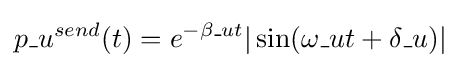
p\_u^{send}(t)=e^{-\beta \_ut}|\sin(\omega \_ut+\delta \_u)|